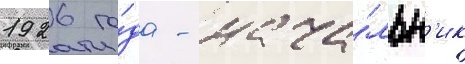
1926 го́да - нача́льн'ик